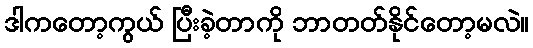
ဒါကတော့ကွယ် ပြီးခဲ့တာကို ဘာတတ်နိုင်တော့မလဲ။